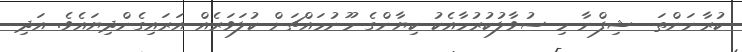
ކުރާނަންތަ  ޝިފްނާ މި ސުވާލުކުރުމާއެކު ކިޔާންގެ މޫނުމައްޗަށް ކުލަވަރެއް އަރައިގެންދިޔައެވެ. އަދި